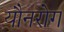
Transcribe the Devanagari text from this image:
यौनरोग